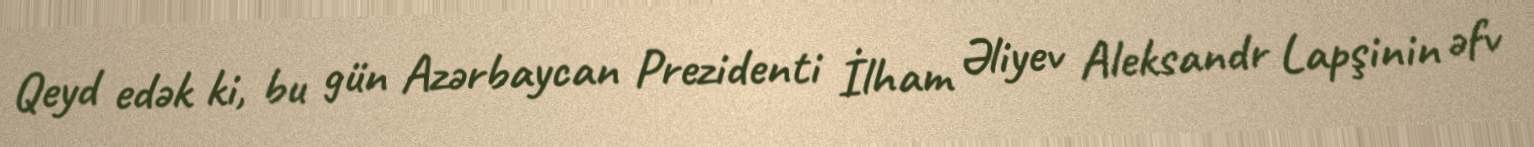
Qeyd edək ki, bu gün Azərbaycan Prezidenti İlham Əliyev Aleksandr Lapşinin əfv